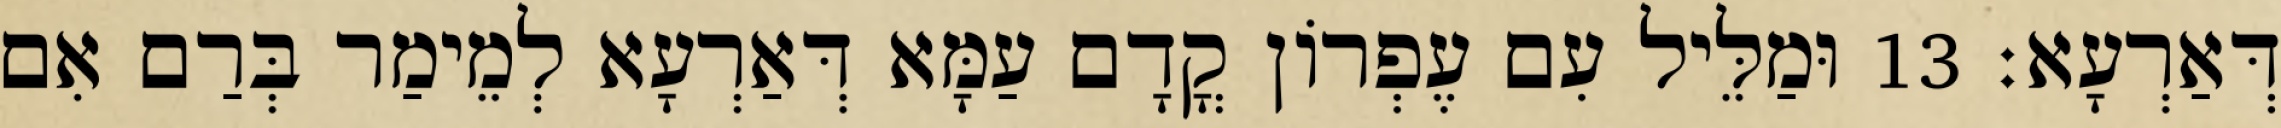
דְּאַרְעָא׃ 13 וּמַלֵּיל עִם עֶפְרוֹן קֳדָם עַמָּא דְּאַרְעָא לְמֵימַר בְּרַם אִם